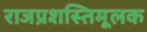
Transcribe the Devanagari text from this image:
राजप्रशस्तिमूलक